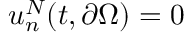
u _ { n } ^ { N } ( t , \partial \Omega ) = 0